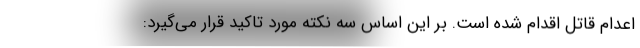
اعدام قاتل اقدام شده است. بر این اساس سه نکته مورد تاکید قرار می‌گیرد: